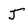
Character: J